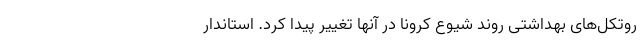
روتکل‌های بهداشتی روند شیوع کرونا در آنها تغییر پیدا کرد. استاندار